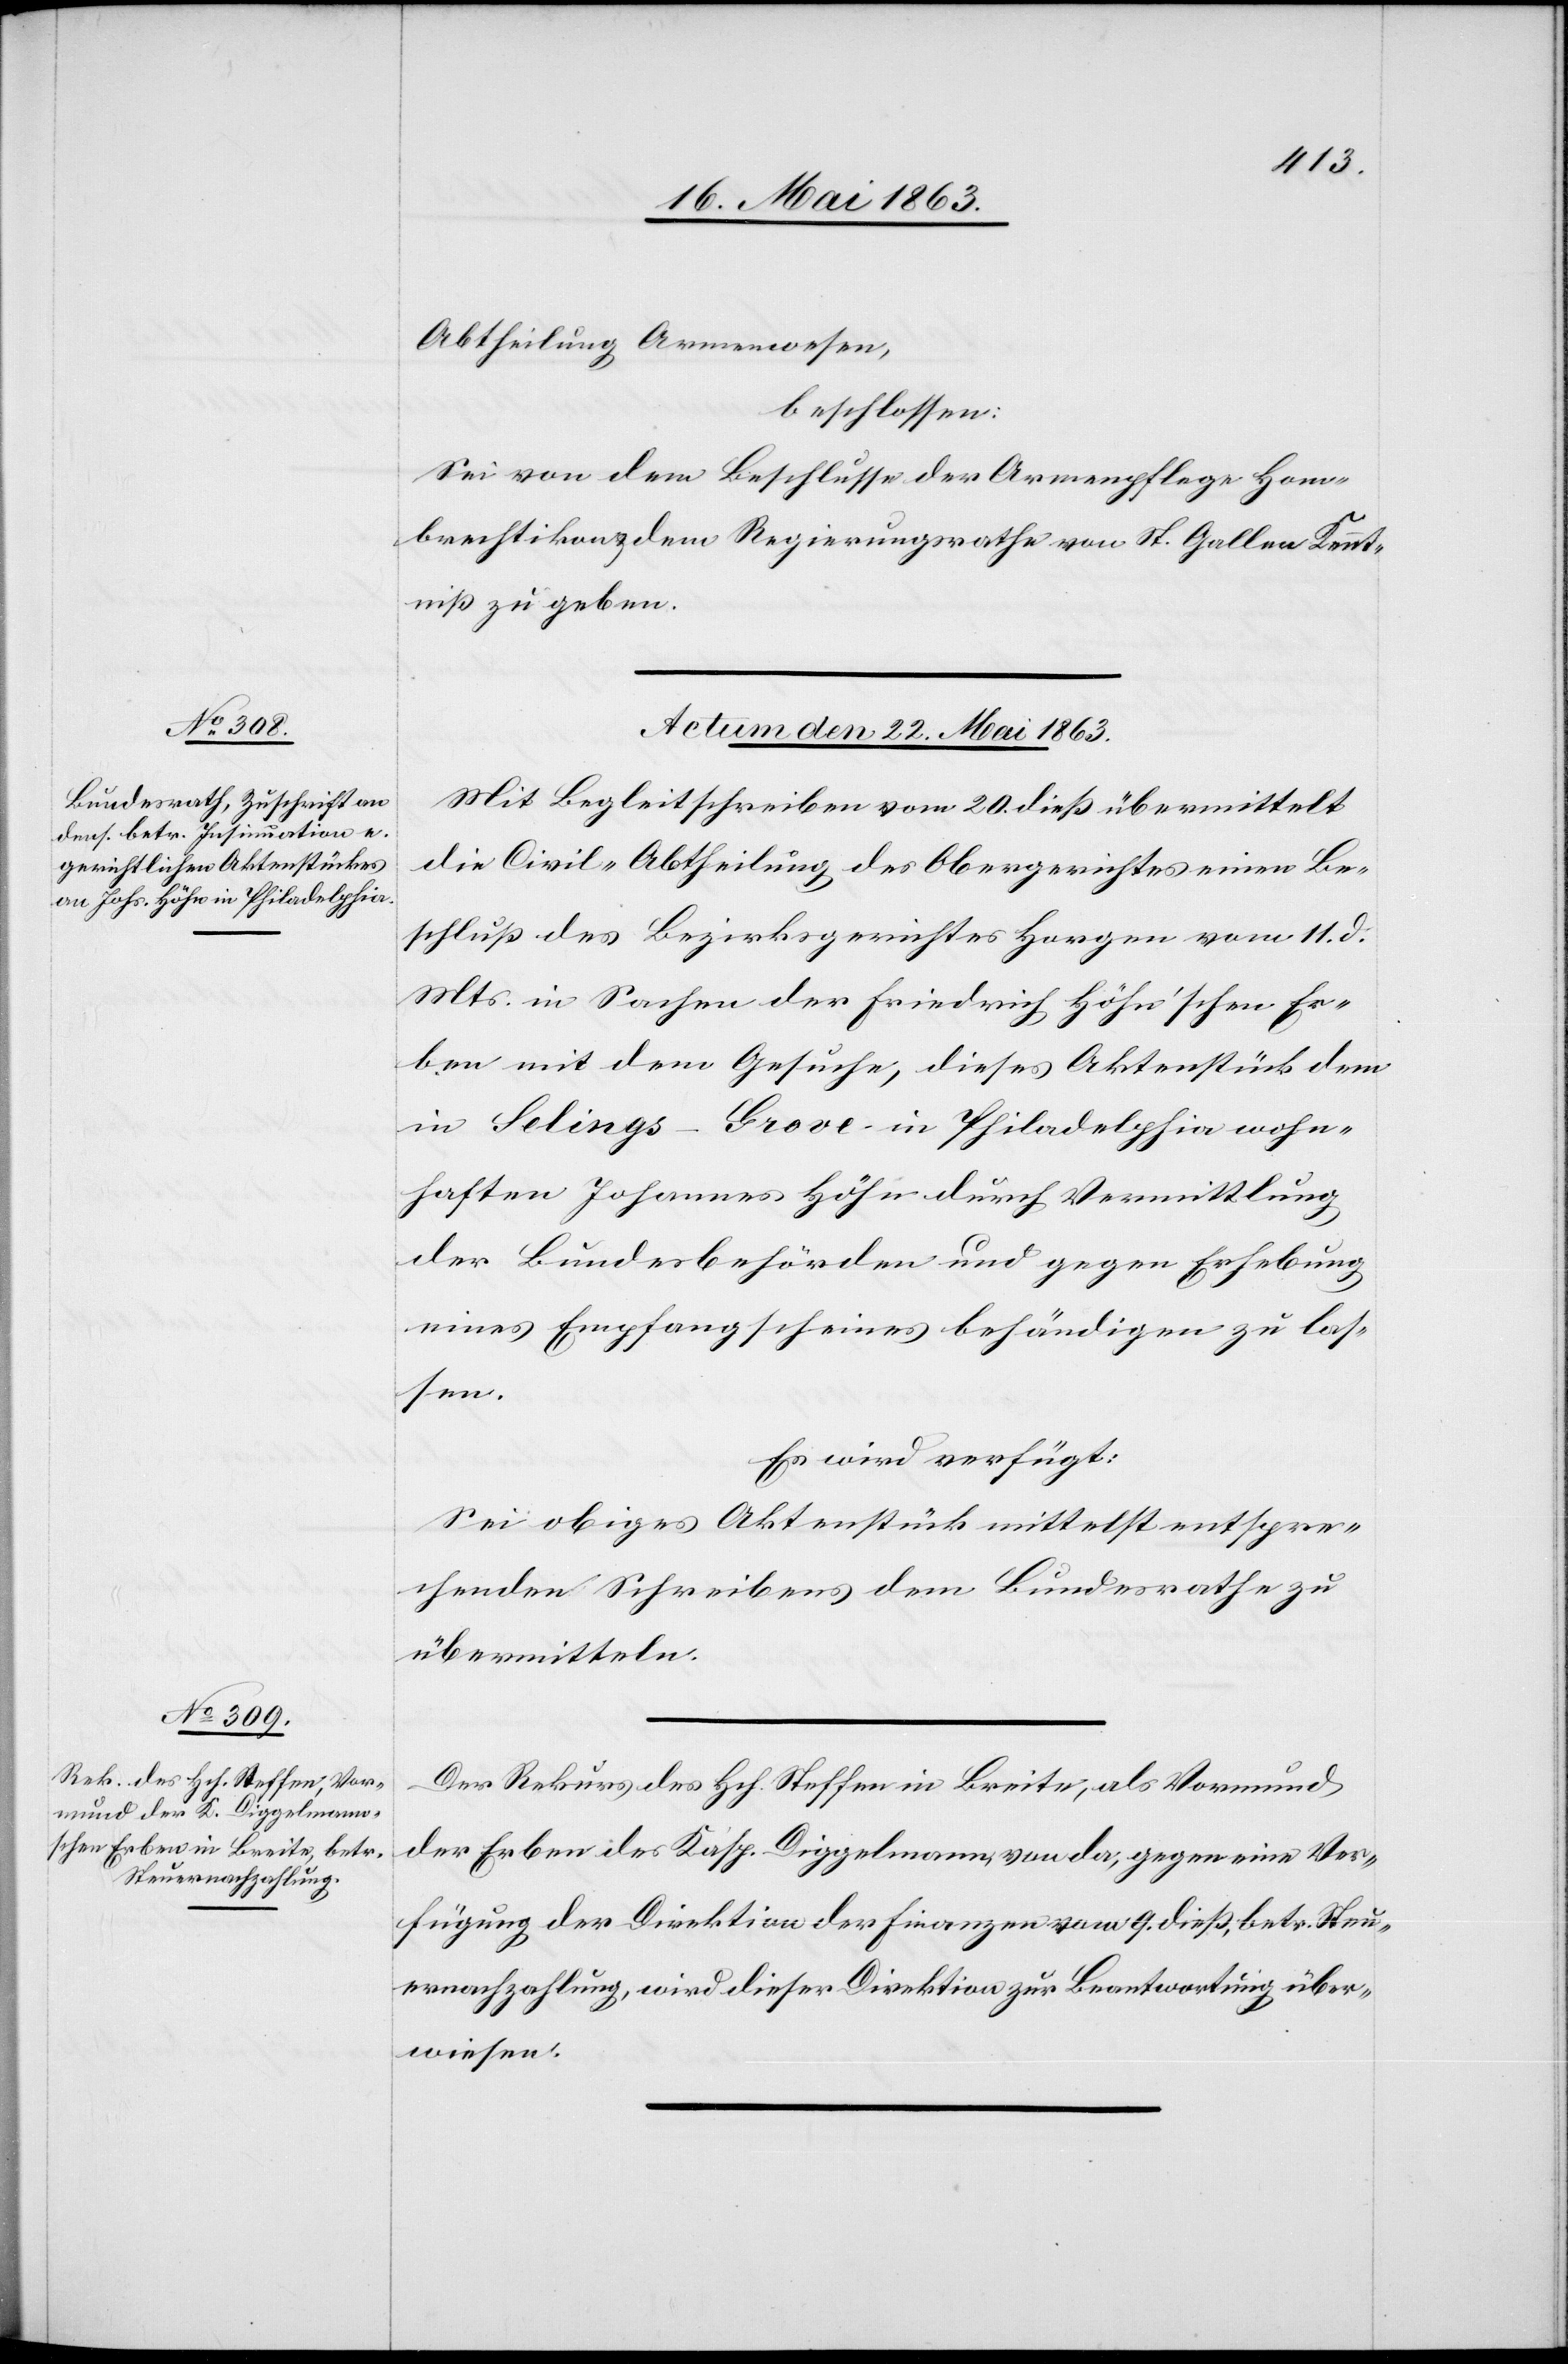
Abtheilung Armenwesen,
beschlossen:
Sei von dem Beschlusse der Armenpflege Hom¬
brechtikon dem Regierungsrathe von St. Gallen Kennt¬
niß zu geben.
Actum den 22. Mai 1863.]
Mit Begleitschreiben vom 20. dieß übermittelt
die Civil-Abtheilung des Obergerichtes einen Be¬
schluß des Bezirksgerichtes Horgen vom 11. d.
Mts. in Sachen der Friedrich Höhn'schen Er¬
ben mit dem Gesuche, dieses Aktenstück dem
in Selings-Grove in Philadelphia wohn¬
haften Johannes Höhn durch Vermittlung
der Bundesbehörden und gegen Erhebung
eines Empfangscheines behändigen zu las¬
sen.
Es wird verfügt:
Sei obiges Aktenstück mittelst entspre¬
chenden Schreibens dem Bundesrathe zu
übermitteln.
Der Rekurs des Hch. Steffen in Breite, als Vormund
der Erben des Kasp. Diggelmann, von da, gegen eine Ver¬
fügung der Direktion der Finanzen vom 9. dieß, betr. Steu¬
ernachzahlung, wird dieser Direktion zur Beantwortung über¬
wiesen.